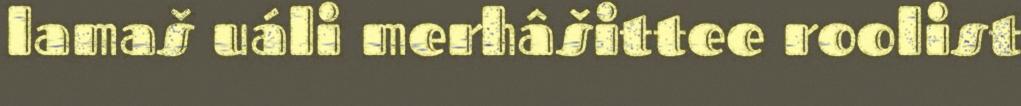
lamaš uáli merhâšittee roolist